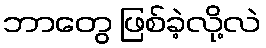
ဘာတွေ ဖြစ်ခဲ့လို့လဲ